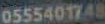
0555401748